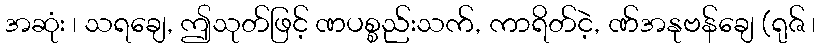
အဆုံး ၊ သရချေ, ဤသုတ်ဖြင့် ဏပစ္စည်းသက်, ကာရိတ်ငဲ့, ဏ်အနုဗန်ချေ (ရုဇ် ၊